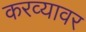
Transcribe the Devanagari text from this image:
करव्यावर